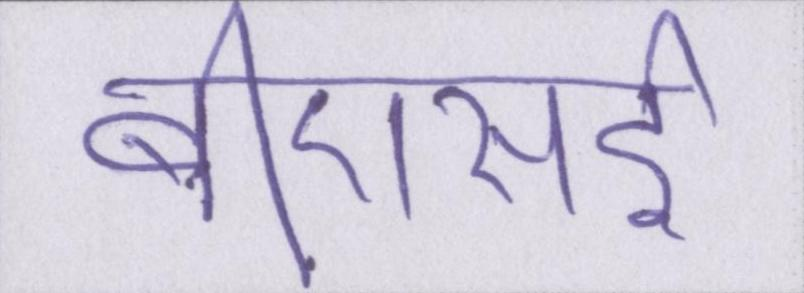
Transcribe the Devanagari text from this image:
बीएसई